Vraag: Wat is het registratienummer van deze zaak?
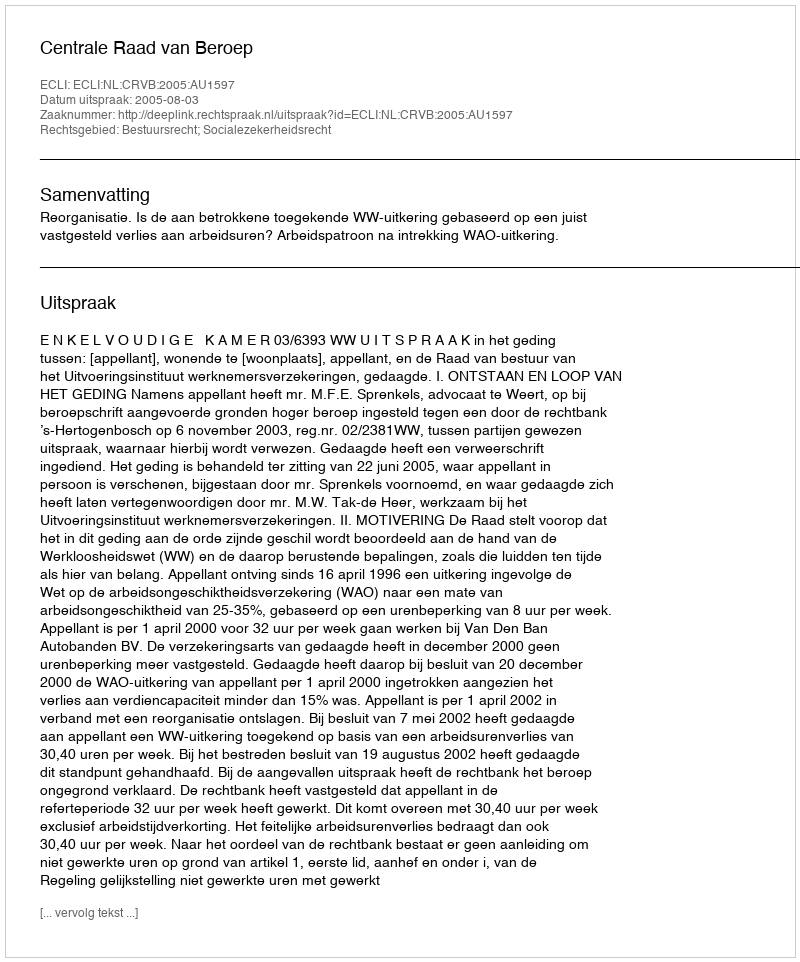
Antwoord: http://deeplink.rechtspraak.nl/uitspraak?id=ECLI:NL:CRVB:2005:AU1597